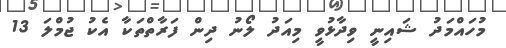
މުހައްމަދު ޝައިނީ ވިދާޅުވީ މިއަދު ލޯނު ދިން ފަރާތްތަކާ އެކު ޖުމްލަ 13